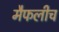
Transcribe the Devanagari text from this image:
मैफलीच